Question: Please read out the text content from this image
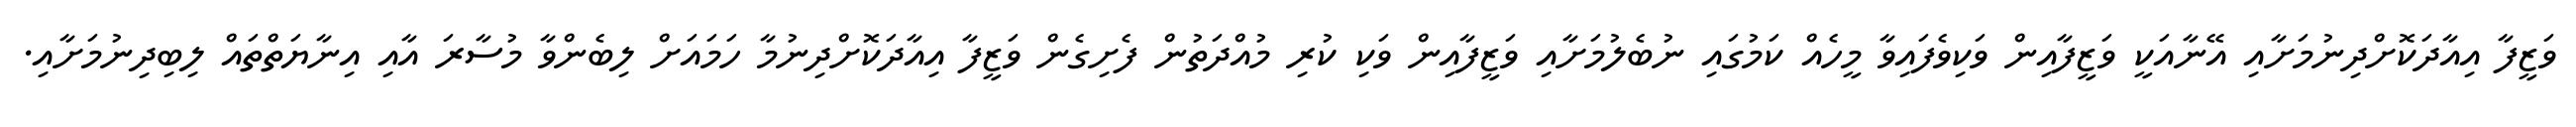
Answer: ވަޒީފާ އިއާދަކޮށްދިނުމަށާއި އޭނާއަކީ ވަޒީފާއިން ވަކިވެފައިވާ މީހެއް ކަމުގައި ނުބެލުމަށާއި ވަޒީފާއިން ވަކި ކުރި މުއްދަތުން ފެށިގެން ވަޒީފާ އިއާދަކޮށްދިނުމާ ހަމައަށް ލިބެންވާ މުސާރަ އާއި އިނާޔަތްތައް ލިބިދިނުމަށާއި.